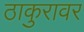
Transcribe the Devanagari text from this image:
ठाकुरावर